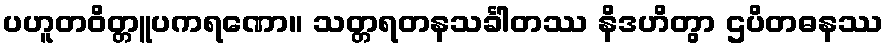
ပဟူတဝိတ္တူပကရဏော။ သတ္တရတနသင်္ခါတဿ နိဒဟိတွာ ဌပိတဓနဿ